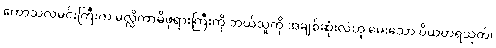
ကောသလမင်းကြီးက မလ္လိကာမိဖုရားကြီးကို ဘယ်သူကို အချစ်ဆုံးလဲဟု မေးသော ပိယတရသုတ်၊